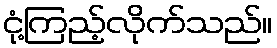
ငုံ့ကြည့်လိုက်သည်။